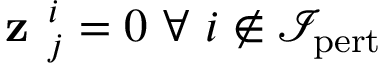
\textbf { z } _ { j } ^ { i } = 0 \ \forall \ i \not \in \mathcal { I } _ { \mathrm { p e r t } }